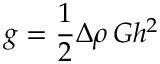
g = \frac { 1 } { 2 } \Delta \rho \, G h ^ { 2 }